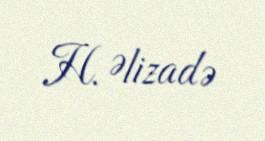
H. Əlizadə